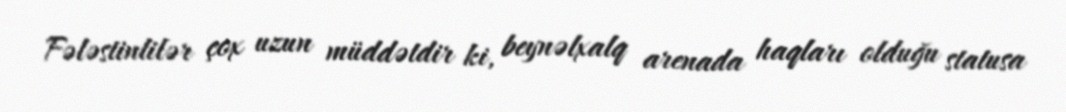
Fələstinlilər çox uzun müddətdir ki, beynəlxalq arenada haqları olduğu statusa